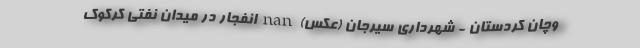
وچان کردستان - شهرداری سیرجان (عکس) nan انفجار در میدان نفتی کرکوک